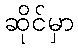
ဆိုင်မှာ